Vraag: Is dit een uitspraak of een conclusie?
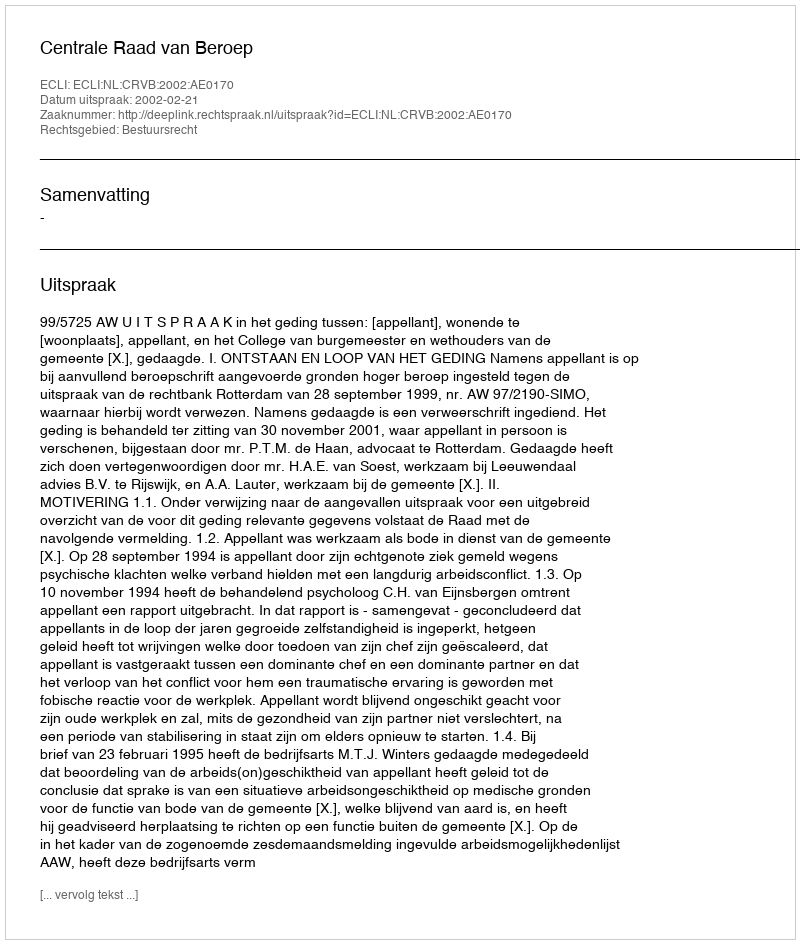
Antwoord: Uitspraak